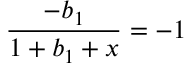
{ \frac { - b _ { 1 } } { 1 + b _ { 1 } + x } } = - 1